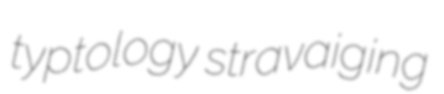
typtology stravaiging